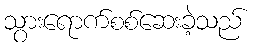
သွားရောက်စစ်ဆေးခဲ့သည်